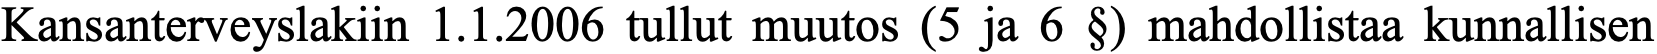
Kansanterveyslakiin 1.1.2006 tullut muutos (5 ja 6 §) mahdollistaa kunnallisen